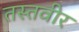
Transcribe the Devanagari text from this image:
तस्तवीर